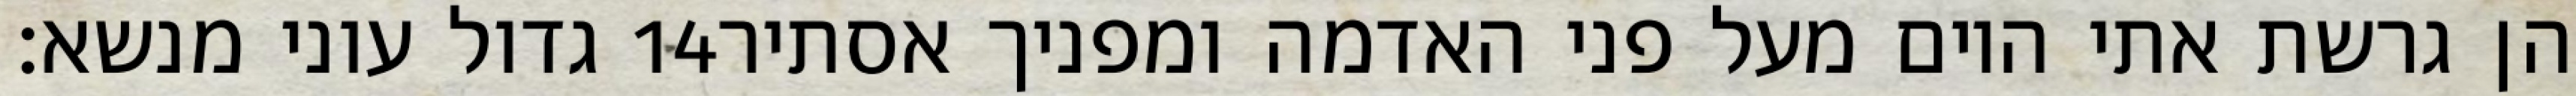
גדול עוני מנשא׃ ‎14‏ הן גרשת אתי היום מעל פני האדמה ומפניך אסתיר